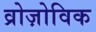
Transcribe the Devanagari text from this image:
व्रोज़ोविक